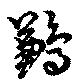
鶼